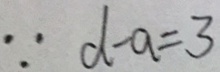
\because d - a = 3